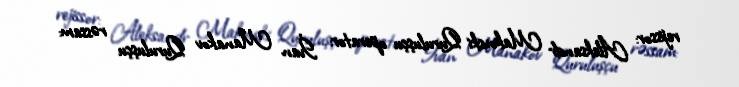
rejissor: Aleksandr Makovski Quruluşçu operator: İvan Manakov Quruluşçu rəssam: